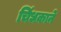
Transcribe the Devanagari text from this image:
चिंधकाने